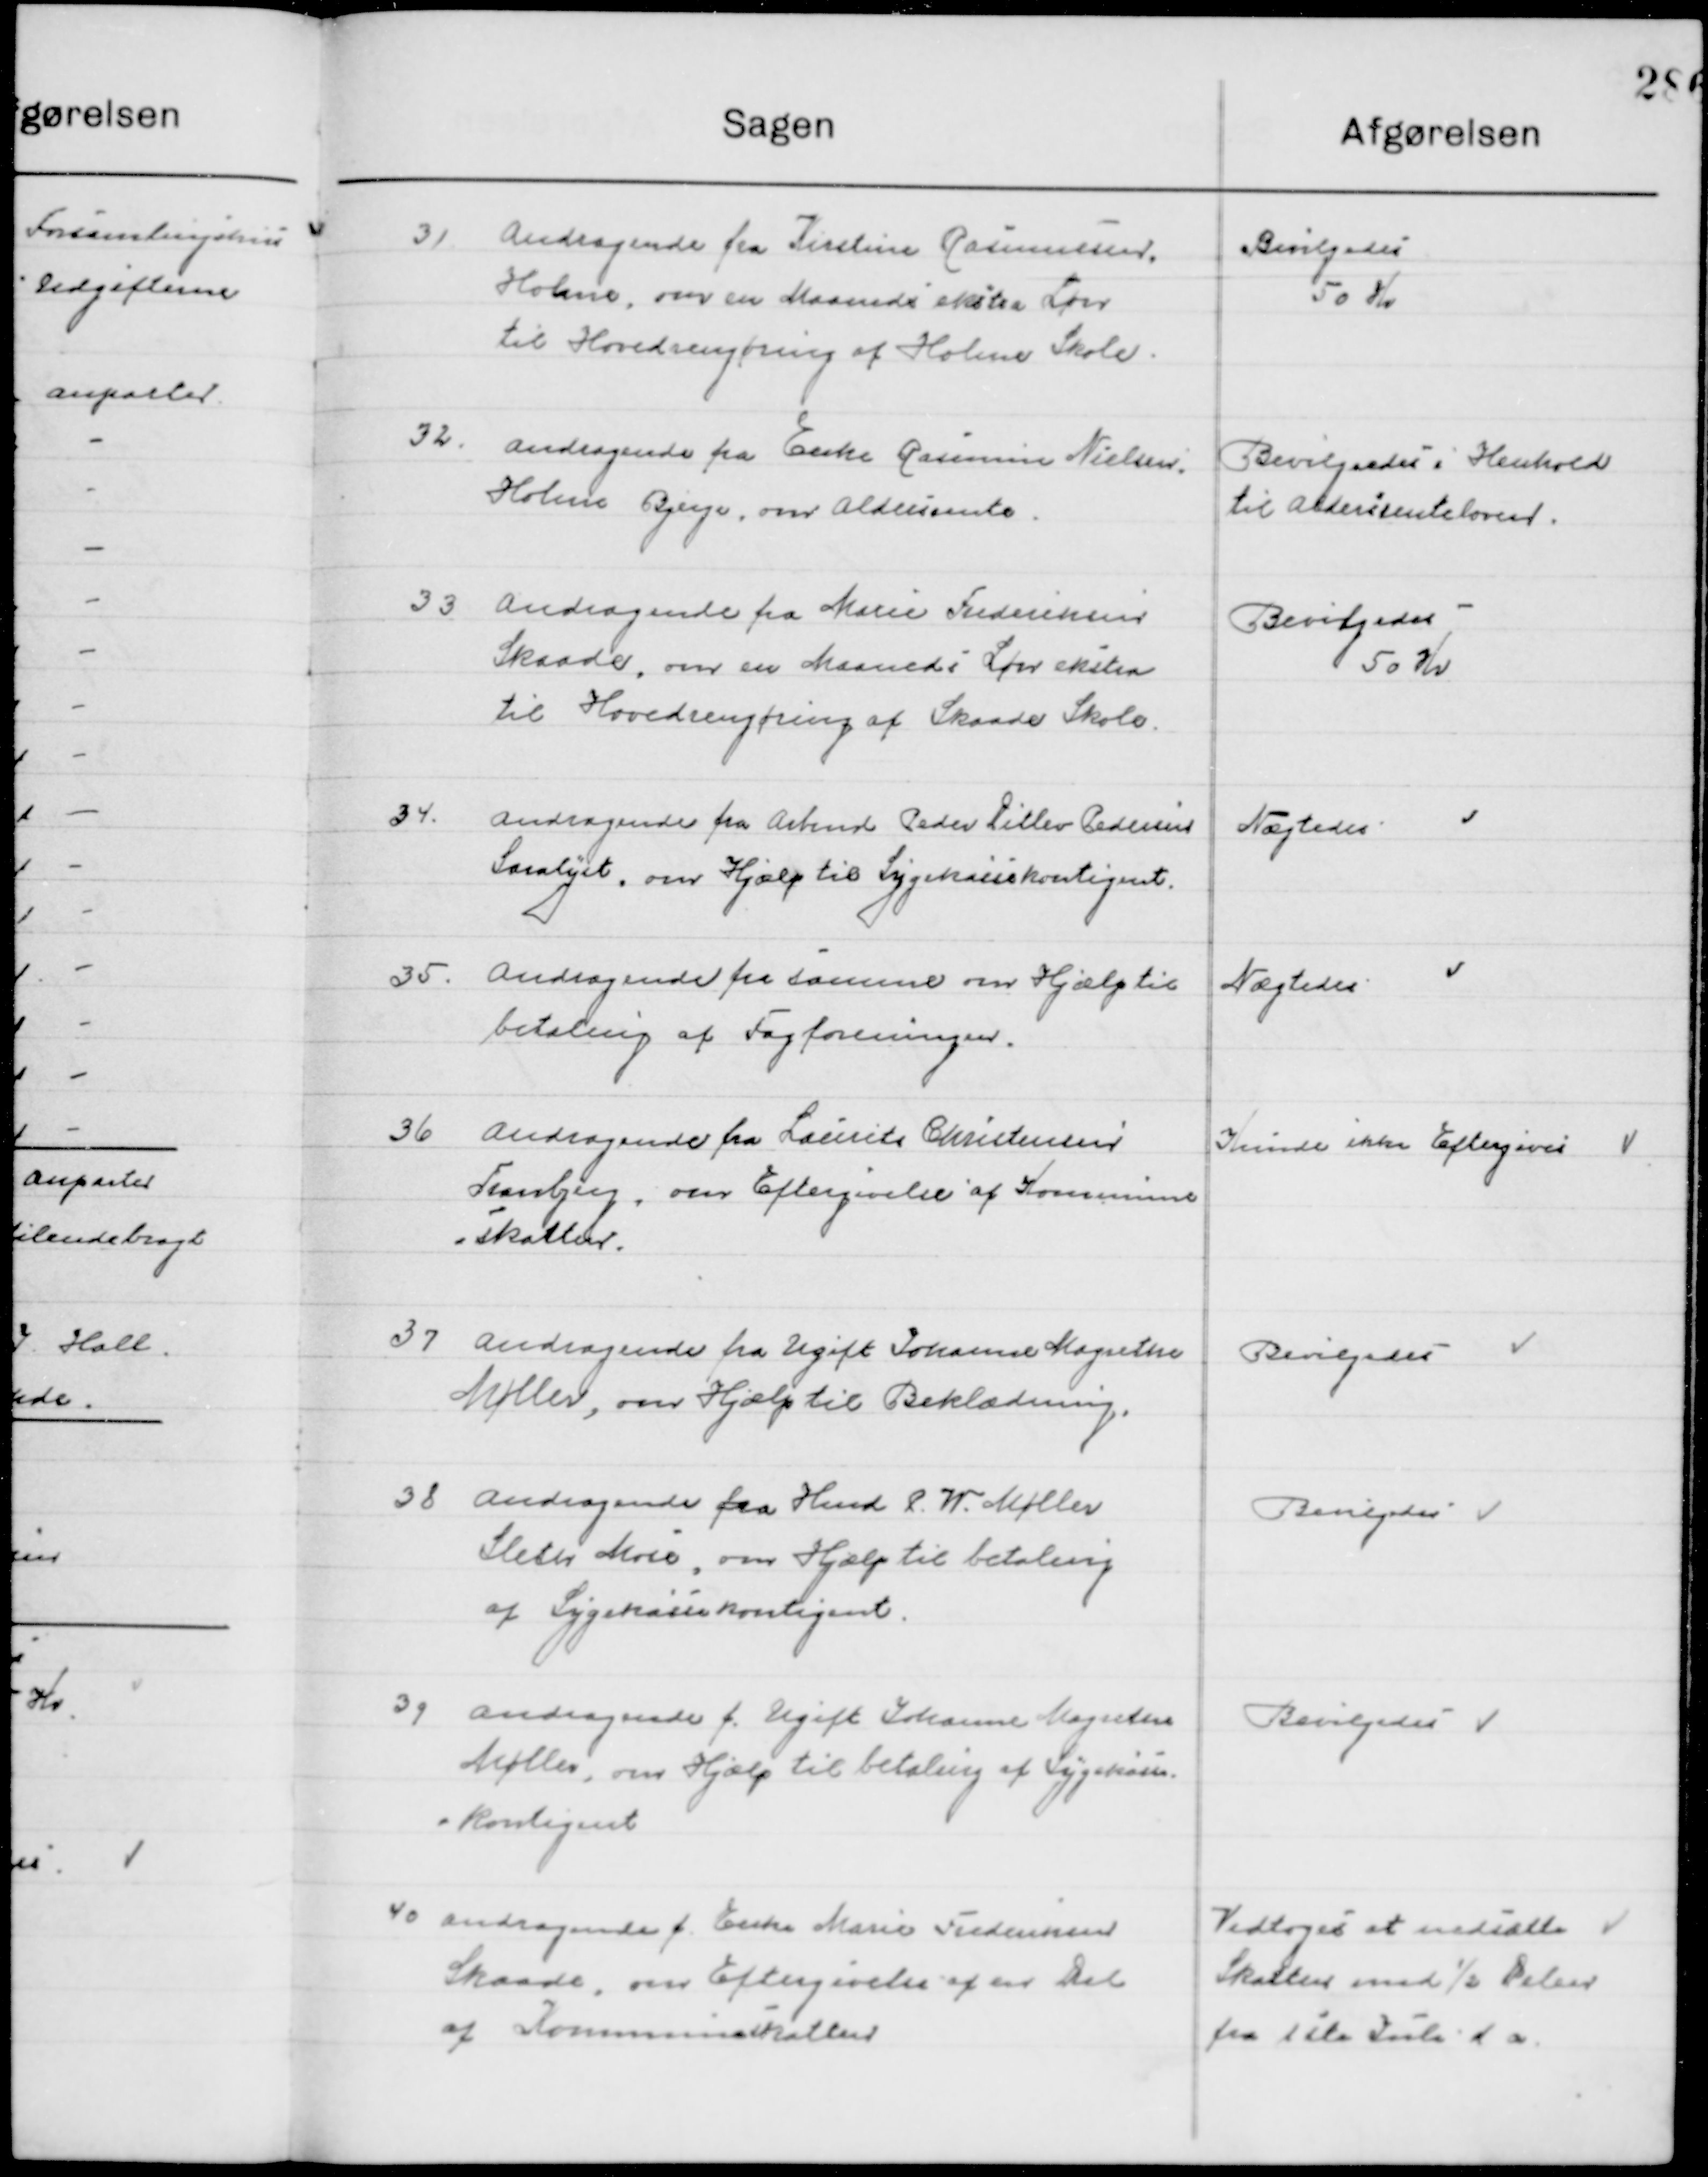
Transskription:
31

Andragende fra Kristine Rasmussen
Holme, om en Maaneds ekstra Løn 
til Hovedrengøring af Holme Skole.

Bevilgedes
50 Kr.

32

Andragende fra Enke Rasmine Nielsen
Holme Bjerge, over aldersrenten

Bevilgedes i henholdt 
til aldersrenteloven

33

Andragende fra Marie Frederiksen 		
Skaade, om en Maades Løn ekstra 
til Hovedrengøring af Skaade Skole

Bevilgedes
50 Kr.

34

Andragende fra Arbmd. Peder Ditlev Pedersen 
Saralyst, om Hjælp til Sygekassekontingent

Nægtes

35

Andragende fra samme om Hjælp til
betaling af Fagforeningen

Nægtes

36

Andragende fra Laurits Christensen
Tranbjerg om Eftergivelse af Kommune- 
skatten

Kunde ikke Eftergives

37

Andragende fra Ugift Johanne Magrethe
Møller, om Hjælp til Beklædning

Bevilgedes

38

Andragende fra Kmd. I. W. Møller
Sleter Marie om Hjælp til betaling
af Sygekassekontingent.

Bevilgedes

39

Andragende f. Ugift Johanne Margrethe
Møller om hjælp til betaling af Sygekasse-
kontingent.

Bevilgedes

40

Andragende f. Enke Marie Frederiksen
Skaade, om eftergivelse af en del
af Kommuneskatten

Vedtoges at nedsætte
Skatten med ½ Delen
fra 1ste Juli d. A.